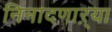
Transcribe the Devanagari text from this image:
निनादणाऱ्या